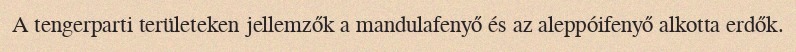
A tengerparti területeken jellemzők a mandulafenyő és az aleppóifenyő alkotta erdők.